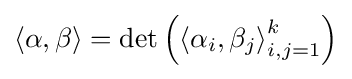
\langle \alpha ,\beta \rangle =\det \left(\left\langle \alpha _{i},\beta _{j}\right\rangle _{i,j=1}^{k}\right)